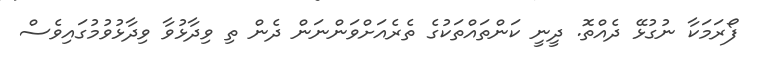
ފޯރަމަކާ ނުގުޅޭ ދެއްތޮ. ދީނީ ކަންތައްތަކުގެ ތެރެއަށްވަންނަން ދެން ތި ވިދާޅުވާ ވިދާޅުވުމުގައިވެސް